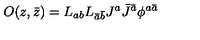
O ( z , \bar { z } ) = L _ { a b } L _ { \bar { a } \bar { b } } J ^ { a } \bar { J } ^ { \bar { a } } \phi ^ { a \bar { a } }